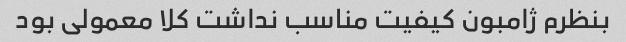
بنظرم ژامبون کیفیت مناسب نداشت کلا معمولی بود